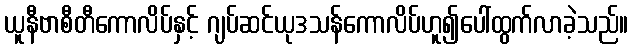
ယူနီဗာစီတီကောလိပ်နှင့် ဂျပ်ဆင်ယုဒသန်ကောလိပ်ဟူ၍ပေါ်ထွက်လာခဲ့သည်။